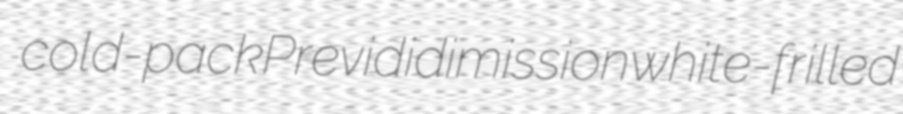
cold-pack Previdi dimission white-frilled